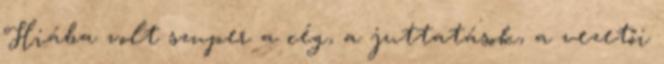
Hiába volt szuper a cég, a juttatások, a vezetői